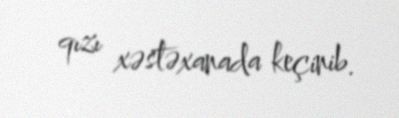
qızı xəstəxanada keçinib.